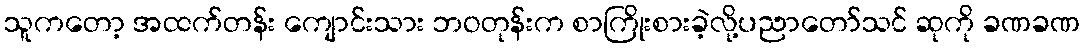
သူကတော့ အထက်တန်း ကျောင်းသား ဘဝတုန်းက စာကြိုးစားခဲ့လို့ပညာတော်သင် ဆုကို ခဏခဏ